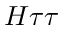
H \tau \tau